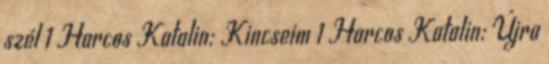
szél 1 Harcos Katalin: Kincseim 1 Harcos Katalin: Újra